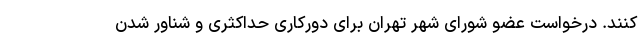
کنند. درخواست عضو شورای شهر تهران برای دورکاری حداکثری و شناور شدن